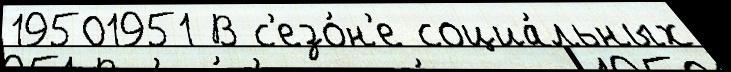
19501951 В с'езо́н'е социа́льных